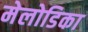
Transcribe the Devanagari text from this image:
मेलोडिका